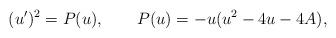
LaTeX: \begin{align*}(u^{\prime})^2=P(u), \qquad P(u)=-u(u^2-4u-4A),\end{align*}